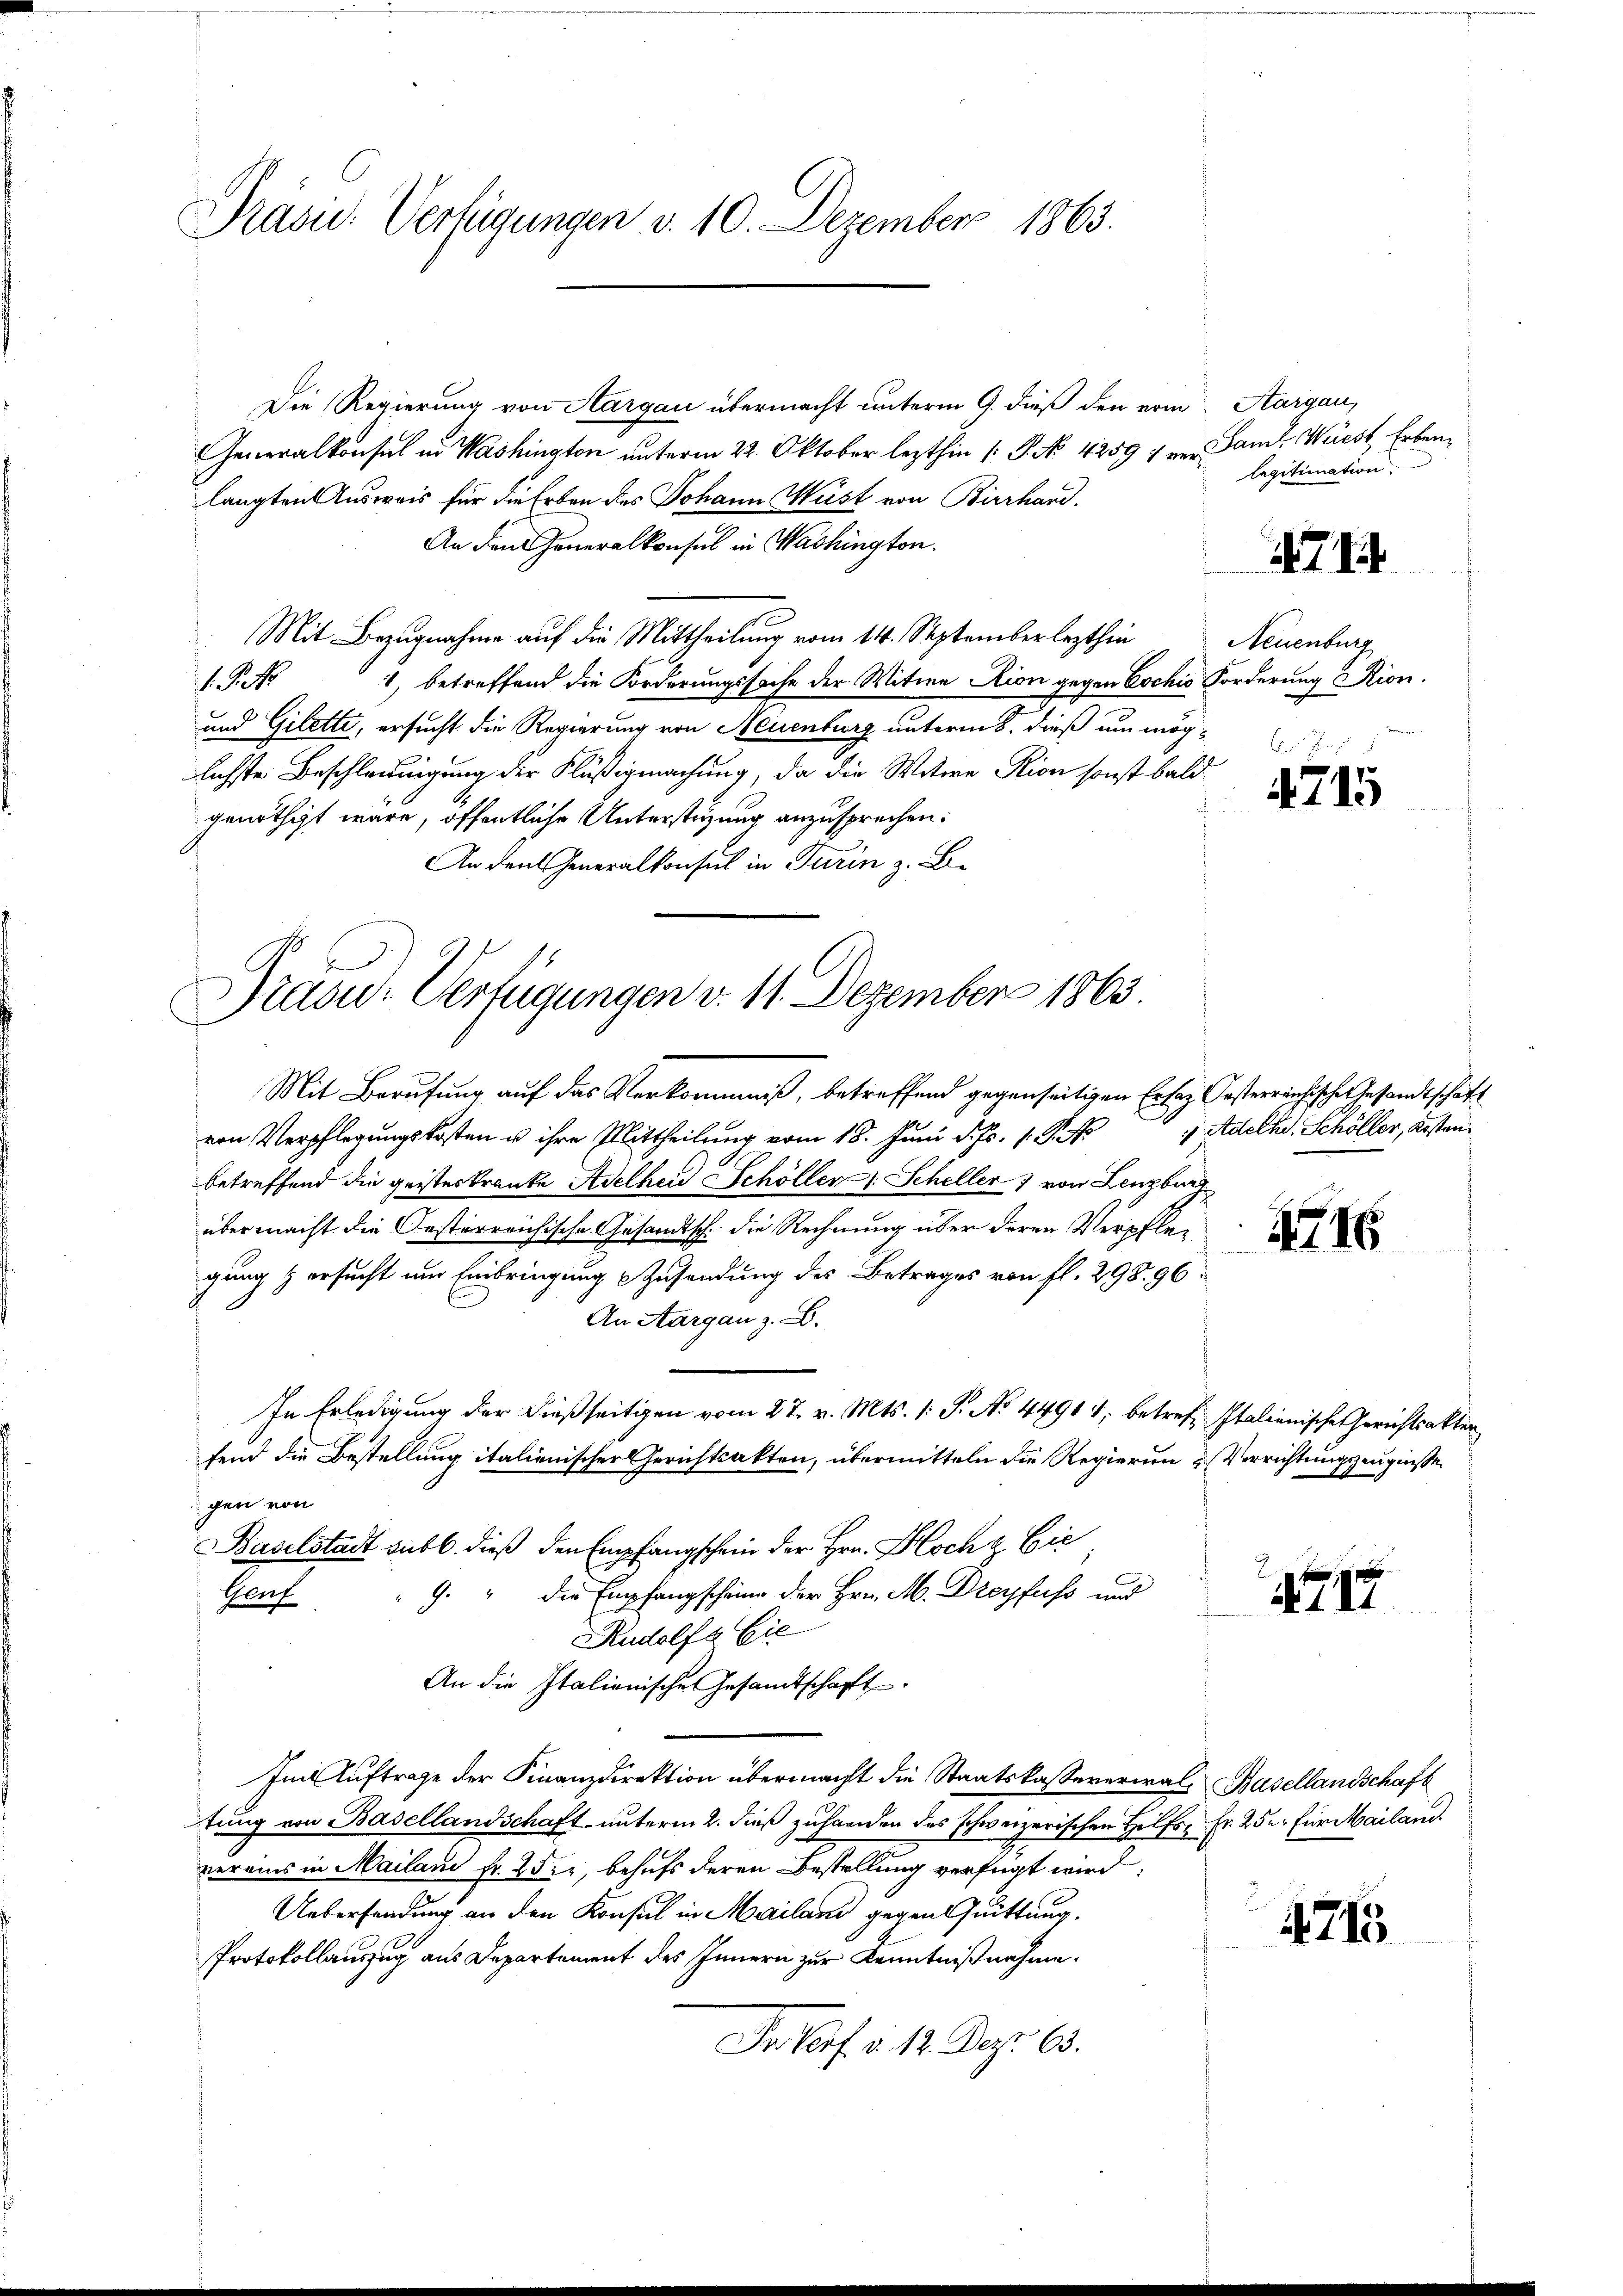
Präsid.. Verfügungen v. 10. Dezember 1863.

Die Regierung von Aargau übermacht unterm 9. dieß den vom Aargau,
Generalkonsul in Washington unterm 22. Oktober lezthin (: P. No. 4259 f er Saml Wüest Erbenlangten Ausweis für die Erben des Johann Wüst von Bierhard.
An den Generalkonsul in Washington.
Mit Bezugnahme auf die Mittheilung vom 14. September lezthin Neuenburg
1, betreffend die Forderungssache der Witwe Rion gegen Cochis Forderung Rion.
1. Pet
und Gilette, ersucht die Regierung von Neuenburg unterm 8. dieß um möglichste Beschleunigung der Flüßigmachung, da die Witwe Rion sonst bald
genöthigt wäre, öffentliche Unterstüzung anzusprechen:
An den Generalkonsul in Turin z. B.

Präsid. Verfügungen v. 11. Dezember 1863

Mit Berufung auf das Verkommniß, betreffend gegenseitigen Ersatz festerreichische Gesandtschaft
von Verpflegungskosten u ihre Mittheilung vom 15. Juni d. Js. 1. P.
betreffend die geisteskranke Adelheid Schöller Scheller von Lenzburg
über macht die Oesterreichische Gesandtsch. die Rechnung über deren Verpflegung & ersucht um Einbringung Zusendung des Betrages von fl. 298. 96.
An Aargau z. B.
In Erledigung der dießseitigen vom 27. v. Mts. 1. P. No. 44914, betref Italienische Gerichtsakter
fend die Bestellung italienischer Gerichtsakten, übermitteln die Regierun & Verrichtungszeugnisse
gen von
Baselstadt sub b. dieß den Empfangschein der Hrn. Hoch & Cie
G. " die Empfangscheine der Hrn. M. Dreyfuss und
Genf
Rudolf & Cie
An die Italionische Gesandtschafft
Im Auftrage der Finanzdirektion übermacht die Staatskassererial, Basellandschaft
tung von Basellandschaft unterm 2. dieß zuhanden des schweizerischen Hilfs- Fr. 25 u. für Mailand.
verains in Mailani fr. 252, behufs deren Bestellung verfügt wird:
Uebersendung an den Konsul in Mailand gegen Quittung.
Protokollauszug aus Departement des Innern zur Kenntnißnahme.
In Verf. v. 12. Dez. 6.

legitimation

471

.
4715

Adethe, Schöller, Kosten.

a

1716

4717

4715